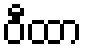
ဝီထာ